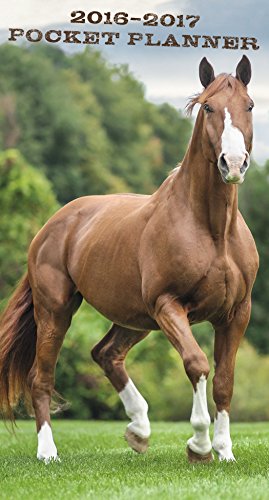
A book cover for Horses 2016 Pocket Planner; Trends International; Calendars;